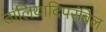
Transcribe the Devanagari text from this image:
तालियादिपरंबिल